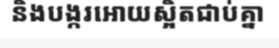
និងបង្ករអោយស្អិតជាប់គ្នា